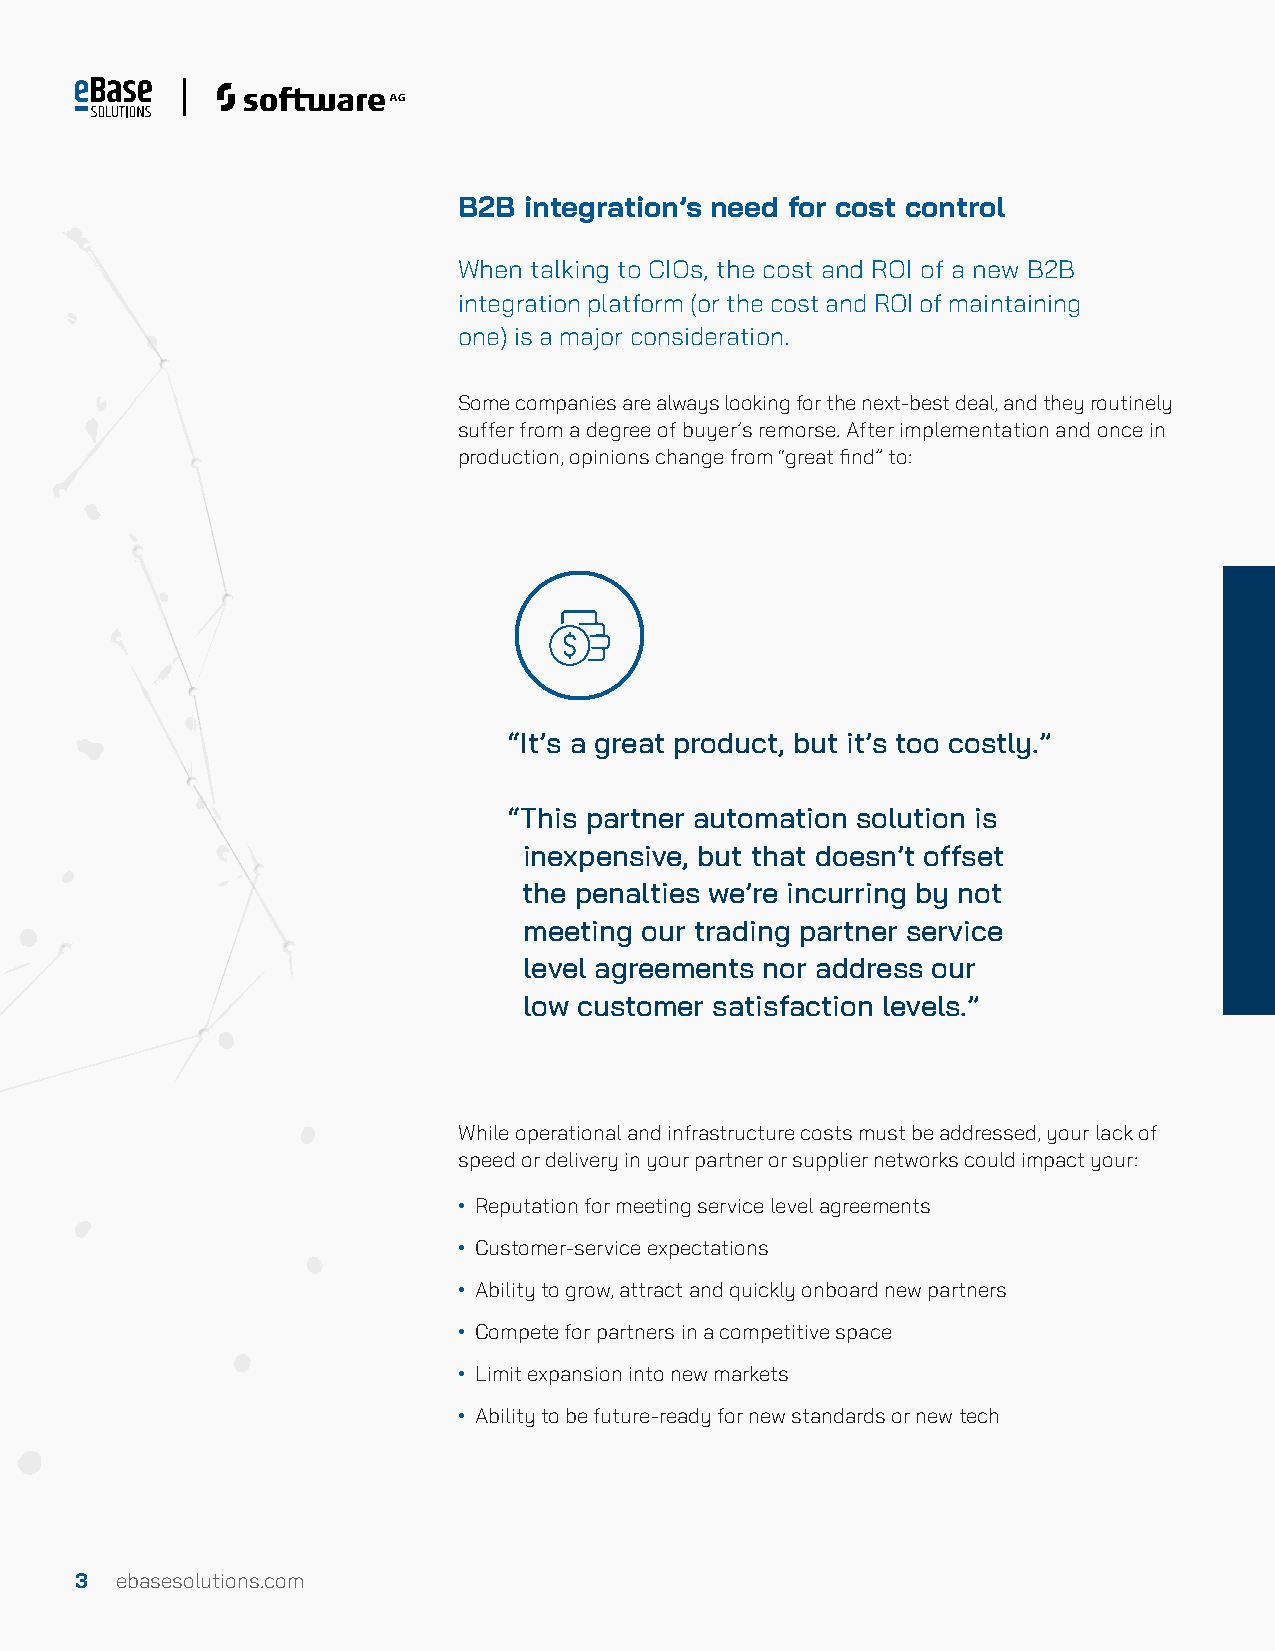
B2B  integration’s need for cost control
 When talking to CIOs, the cost and ROI of a new B2B
 integration platform (or the cost and ROI of maintaining
 one) is a major consideration.
 Some companies are always looking for the next-best deal, and they routinely
 suffer from a degree of buyer’s remorse. After implementation and once in
 production, opinions change from “great find” to:
 “It’s a great product, but it’s too costly.”
 “This partner automation solution is
 inexpensive, but that doesn’t offset
 the penalties we’re incurring by not
 meeting our trading partner service
 level agreements nor address our
 low customer satisfaction levels.”
 While operational and infrastructure costs must be addressed, your lack of
 speed or delivery in your partner or supplier networks could impact your:
 • Reputation for meeting service level agreements
 • Customer-service expectations
 • Ability to grow, attract and quickly onboard new partners
 • Compete for partners in a competitive space
 • Limit expansion into new markets
 • Ability to be future-ready for new standards or new tech
 3  ebasesolutions.com